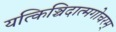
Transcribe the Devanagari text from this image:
यत्किञ्चिदात्मगोचरम्